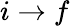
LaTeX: i\rightarrow f